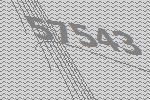
57543